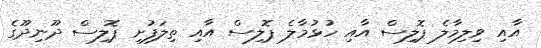
އާއި ވިލިމާލެ ޕޮލިސް އާއި ހުޅުމާލެ ޕޮލިސް އާއި ތިލަފުށި ޕޮލިސް ދޫނިދޫގެ